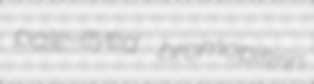
pale-eyed bromopikrin